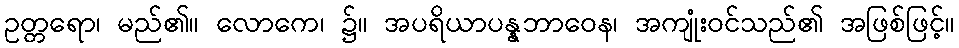
ဥတ္တရော၊ မည်၏။ လောကေ၊ ၌။ အပရိယာပန္နဘာဝေန၊ အကျုံးဝင်သည်၏ အဖြစ်ဖြင့်။